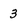
Character: 3